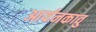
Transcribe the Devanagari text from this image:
आर्यनकावु